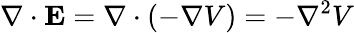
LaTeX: \nabla\cdot\mathbf{E}=\nabla\cdot(-\nabla V)=-\nabla^{2}V